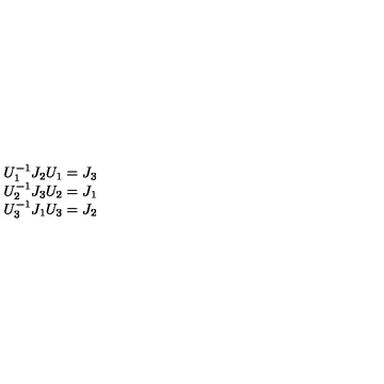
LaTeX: \begin{array} { c } { U _ { 1 } ^ { - 1 } J _ { 2 } U _ { 1 } = J _ { 3 } } \\ { U _ { 2 } ^ { - 1 } J _ { 3 } U _ { 2 } = J _ { 1 } } \\ { U _ { 3 } ^ { - 1 } J _ { 1 } U _ { 3 } = J _ { 2 } } \\ \end{array}